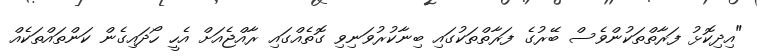
"އިދިކޮޅު ފަރާތްތަކުންވެސް ބޭރުގެ ފަރާތްތަކުގައި ބިނާކުރުވަނިވި ގޮތެއްގައި ރާއްޖެއަށް އެހީ ހޯދައިގެން ކަންތައްތަކެއް